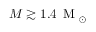
M \gtrsim 1 . 4 \, \mathrm { ~ M ~ } _ { \odot }